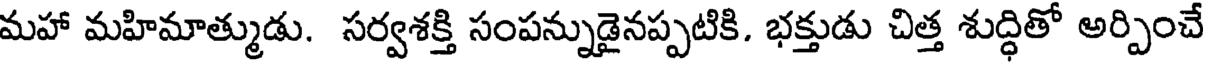
మహా మహిమాత్ముడు. సర్వశక్తి సంపన్నుడైనప్పటికి. భక్తుడు చిత్త శుద్ధితో అర్పించే